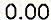
0.00